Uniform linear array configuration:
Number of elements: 12
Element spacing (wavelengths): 0.5
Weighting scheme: uniform
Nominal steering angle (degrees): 0
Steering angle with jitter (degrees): -1.785
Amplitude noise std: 0.05
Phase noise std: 0.05

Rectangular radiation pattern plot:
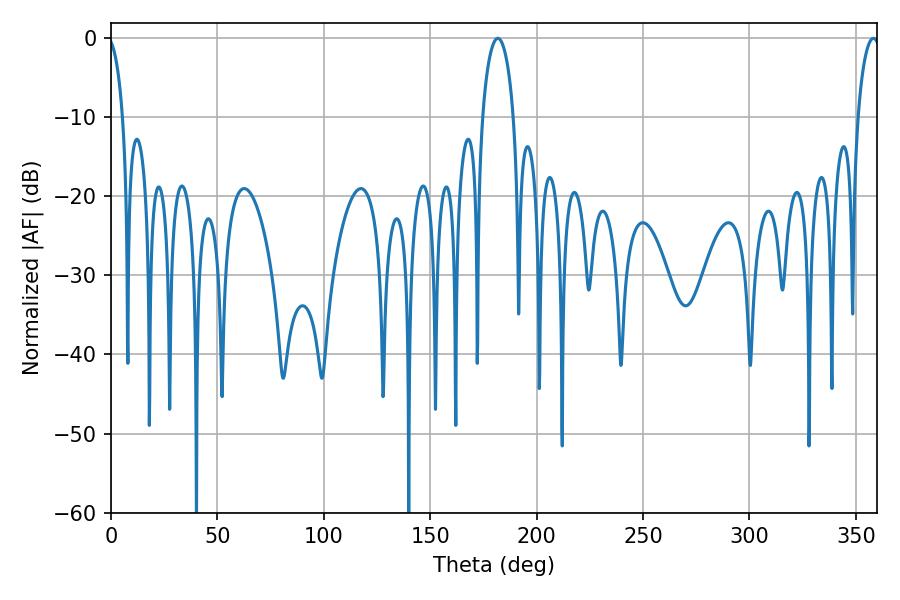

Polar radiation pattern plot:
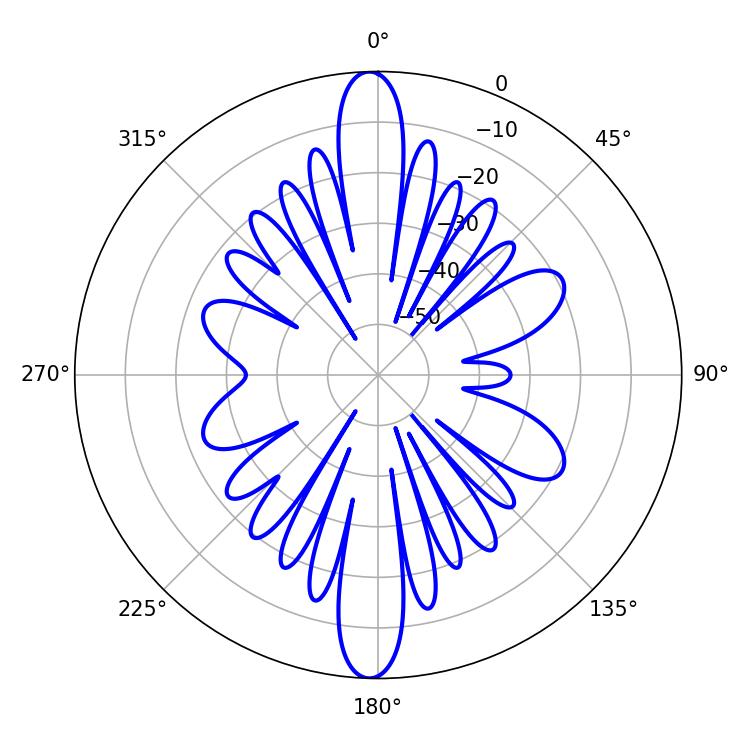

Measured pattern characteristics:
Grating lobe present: FALSE
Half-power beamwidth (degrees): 8.28
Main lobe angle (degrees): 181.8